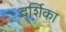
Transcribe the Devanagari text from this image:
दर्शिका